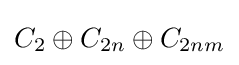
C_{2}\oplus C_{2n}\oplus C_{2nm}